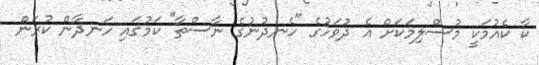
ކާ ކެއުމަކީ މުސްލިމަކަށް އެ ދުވަހުގެ "ހެނދުނުގެ ނާސްތާ" ކަމުގައި ހަނދާން ކުރަން